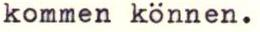
kommen können.